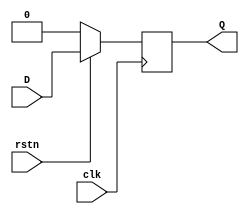


module d_ff(
	input clk, 
	input rstn,
	input D,
	output reg Q);

	always @(posedge clk) begin 

	if(!rstn) begin 
		
	Q <= 0;
	
	end
	else begin 

	Q <= D;

	end


	end

endmodule